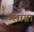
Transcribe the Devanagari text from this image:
ग्लाब्रा